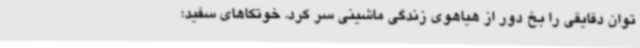
توان دقایقی را بخ دور از هیاهوی زندگی ماشینی سر کرد. خوتکاهای سفید؛